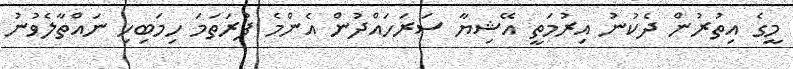
މީގެ އިތުރުން ދެކުނު އިރުމަތީ އޭޝިޔާ ސަރަހައްދުން އެންމެ ފުރަތަމަ ހިމަބިހި ނައްތާލެވުނު